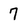
Character: 7